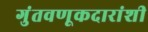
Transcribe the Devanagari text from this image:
गुंतवणूकदारांशी